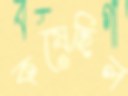
কষেছিল